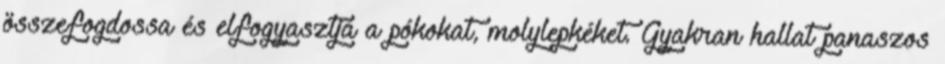
összefogdossa és elfogyasztja a pókokat, molylepkéket. Gyakran hallat panaszos